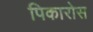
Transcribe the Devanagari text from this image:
पिकारोस